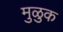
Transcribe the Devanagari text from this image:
मुळुक